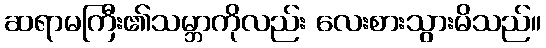
ဆရာမကြီး၏သမ္ဘာကိုလည်း လေးစားသွားမိသည်။